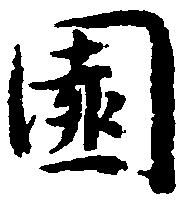
園